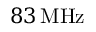
{ 8 3 } \, \mathrm { M H z }